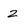
Character: z